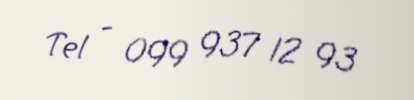
Tel - 099 937 12 93